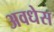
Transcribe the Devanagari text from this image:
अवधेस